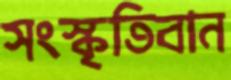
সংস্কৃতিবান